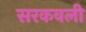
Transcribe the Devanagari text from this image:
सरकवली